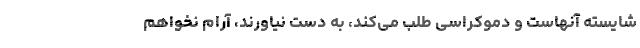
شایسته آنهاست و دموکراسی طلب می‌کند، به دست نیاورند، آرام نخواهم